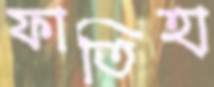
ফাতিহা